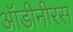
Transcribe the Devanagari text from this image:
ऑडीनीरस